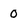
Character: 0